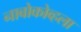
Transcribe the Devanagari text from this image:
नाबोकोव्हला